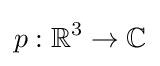
p:\mathbb {R} ^{3}\to \mathbb {C}